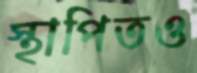
স্থাপিতও